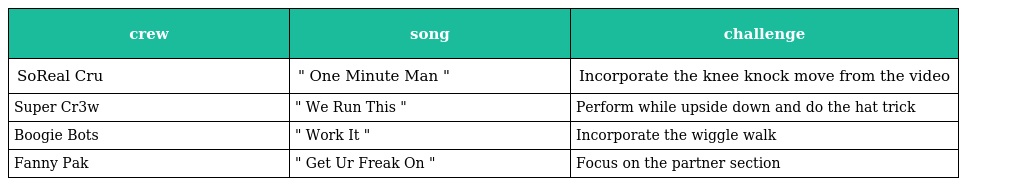
| crew | song | challenge |
 | --- | --- | --- |
 | SoReal Cru | " One Minute Man " | Incorporate the knee knock move from the video |
 | Super Cr3w | " We Run This " | Perform while upside down and do the hat trick |
 | Boogie Bots | " Work It " | Incorporate the wiggle walk |
 | Fanny Pak | " Get Ur Freak On " | Focus on the partner section |